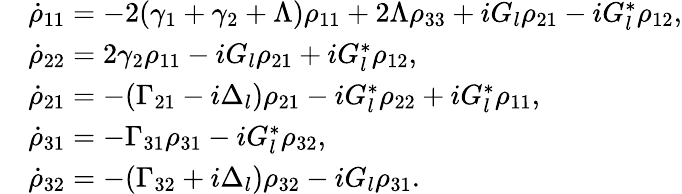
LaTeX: \begin{array}{rl}&{\dot{\rho}_{11}=-2(\gamma_{1}+\gamma_{2}+\Lambda)\rho_{11}+2\Lambda\rho_{33}+iG_{l}\rho_{21}-iG_{l}^{*}\rho_{12},}\\ &{\dot{\rho}_{22}=2\gamma_{2}\rho_{11}-iG_{l}\rho_{21}+iG_{l}^{*}\rho_{12},}\\ &{\dot{\rho}_{21}=-(\Gamma_{21}-i\Delta_{l})\rho_{21}-iG_{l}^{*}\rho_{22}+iG_{l}^{*}\rho_{11},}\\ &{\dot{\rho}_{31}=-\Gamma_{31}\rho_{31}-iG_{l}^{*}\rho_{32},}\\ &{\dot{\rho}_{32}=-(\Gamma_{32}+i\Delta_{l})\rho_{32}-iG_{l}\rho_{31}.}\end{array}